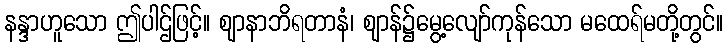
နန္ဒာဟူသော ဤပါဌ်ဖြင့်။ ဈာနာဘိရတာနံ၊ ဈာန်၌မွေ့လျော်ကုန်သော မထေရ်မတို့တွင်။